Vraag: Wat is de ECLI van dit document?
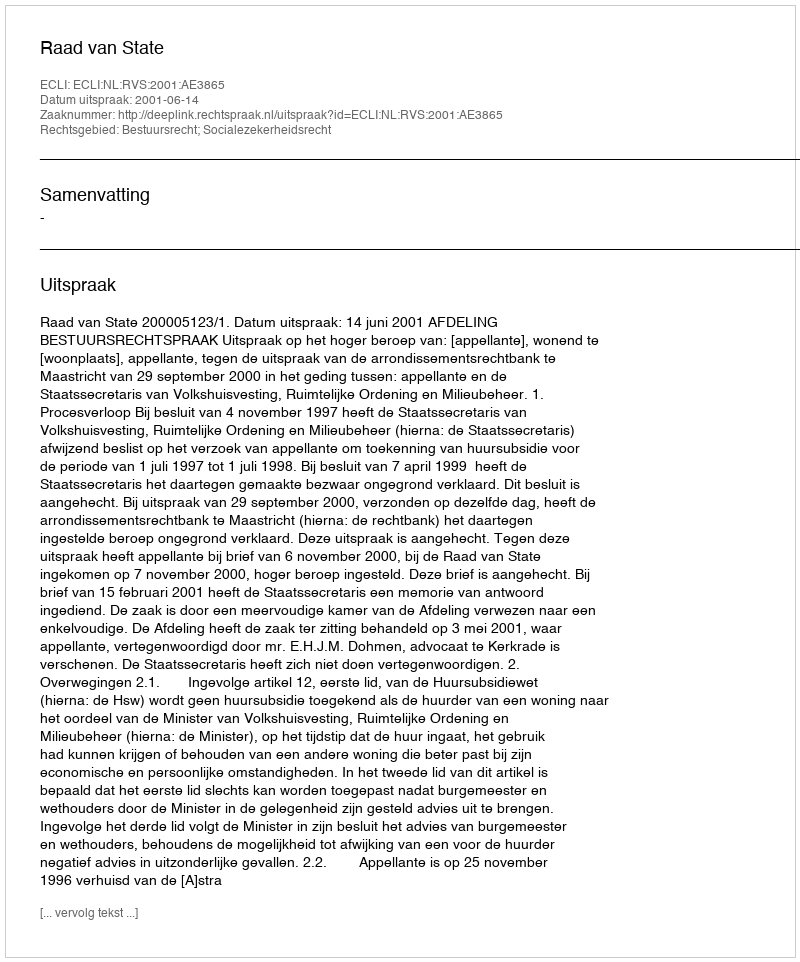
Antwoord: ECLI:NL:RVS:2001:AE3865